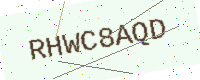
Text: RHWC8AQD